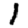
Digit: 1